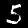
Digit: 5